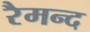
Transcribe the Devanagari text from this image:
रैमन्द